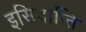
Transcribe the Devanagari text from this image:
इसिदाप्ति